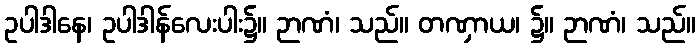
ဥပါဒါနေ၊ ဥပါဒါန်လေးပါး၌။ ဉာဏံ၊ သည်။ တဏှာယ၊ ၌။ ဉာဏံ၊ သည်။